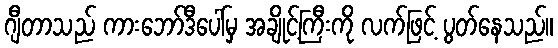
ဂျီတာသည် ကားဘော်ဒီပေါ်မှ အချိုင့်ကြီးကို လက်ဖြင့် ပွတ်နေသည်။